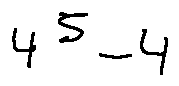
4 ^ { 5 } - 4